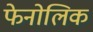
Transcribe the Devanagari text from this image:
फेनोलिक